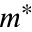
m ^ { * }